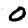
Digit: 0